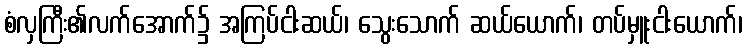
စံလှကြီး၏လက်အောက်၌ အကြပ်ငါးဆယ်၊ သွေးသောက် ဆယ်ယောက်၊ တပ်မှူးငါးယောက်၊